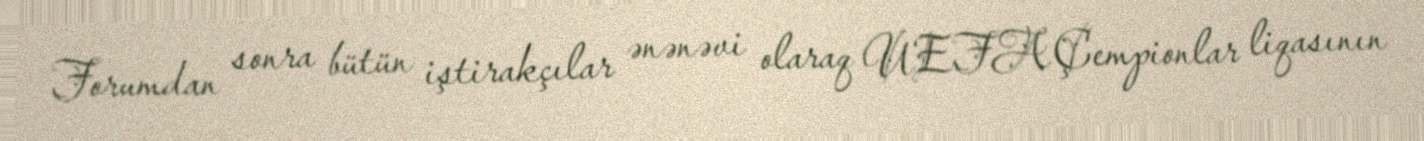
Forumdan sonra bütün iştirakçılar ənənəvi olaraq UEFA Çempionlar liqasının